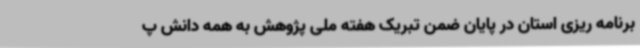
برنامه ریزی استان در پایان ضمن تبریک هفته ملی پژوهش به همه دانش پ